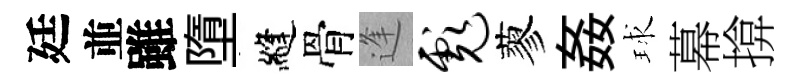
廷並雖墮縫骨逢彪蓼姦球幕揜